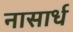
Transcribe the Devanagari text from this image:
नासार्ध